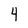
Character: 4